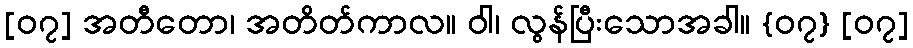
[၀၇] အတီတော၊ အတိတ်ကာလ။ ဝါ၊ လွန်ပြီးသောအခါ။ {၀၇} [၀၇]